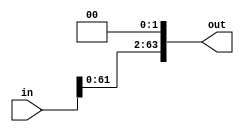
module LeftShift #(
    parameter NUM_BITS = 64
) (
    input  [NUM_BITS-1:0] in,
    output [NUM_BITS-1:0] out
);
  assign out = in << 2;

endmodule